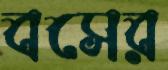
বসের